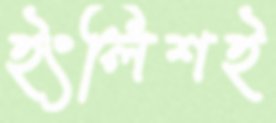
ইংলিশই